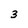
Character: 3